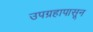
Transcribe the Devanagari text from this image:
उपग्रहापासून